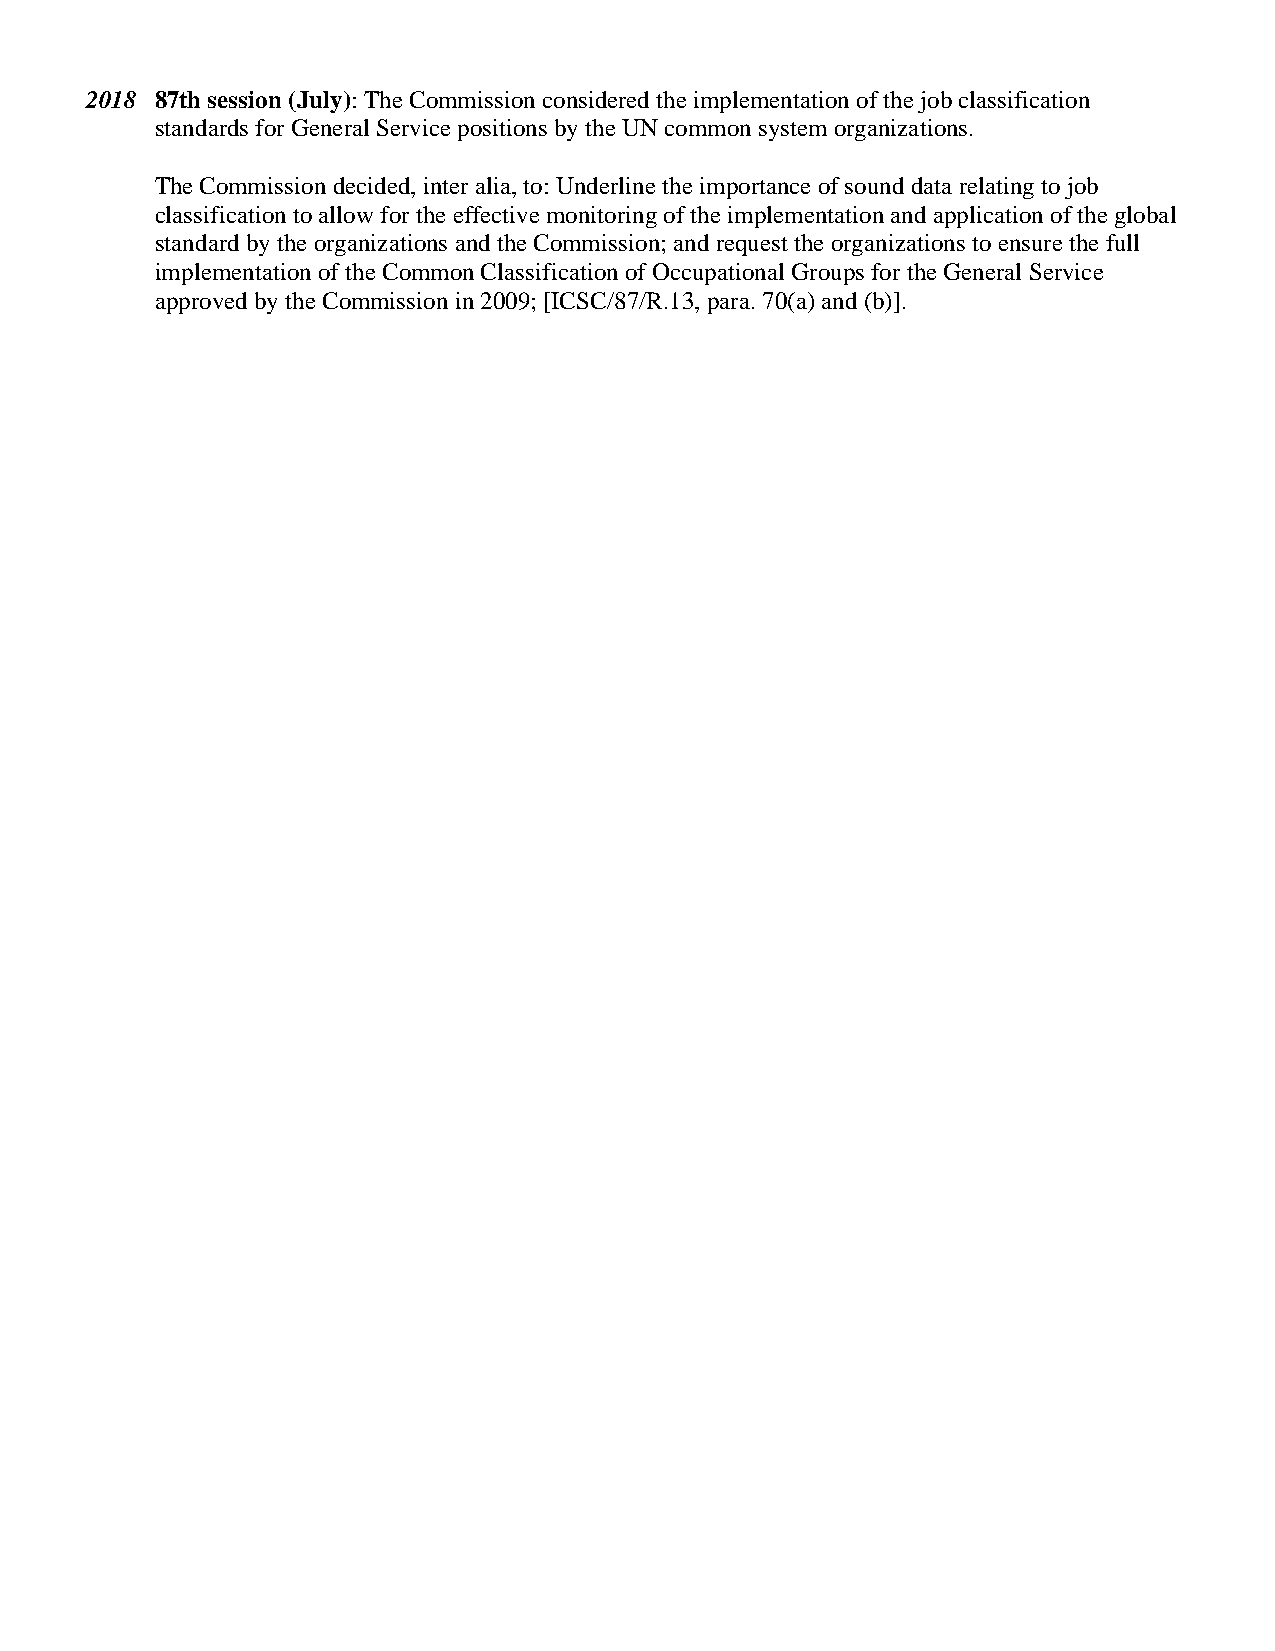
2018 87th session (July): The Commission considered the implementation of the job classification
 standards for General Service positions by the UN common system organizations.
 The Commission decided, inter alia, to: Underline the importance of sound data relating to job
 classification to allow for the effective monitoring of the implementation and application of the global
 standard by the organizations and the Commission; and request the organizations to ensure the full
 implementation of the Common Classification of Occupational Groups for the General Service
 approved by the Commission in 2009; [ICSC/87/R.13, para. 70(a) and (b)].